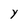
Character: Y